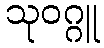
သုဝဂ္ဂူ